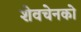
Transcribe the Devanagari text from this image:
शेवचेनको